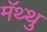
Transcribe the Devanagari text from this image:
मॅथ्थु